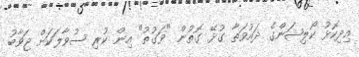
އިދިކޮޅު ކޯލިޝަންގެ ދައުވަތާ ގުޅޭ ގޮތުން "ވަގުތު" އިން ކުރި ސުވާލަކަށް ޖަވާބު